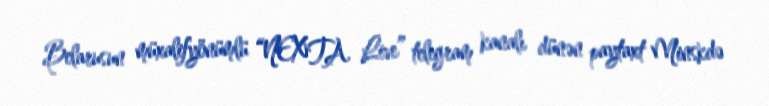
Belarusun müxalifyönümlü “NEXTA Live” telegram kanalı dünən paytaxt Minskdə